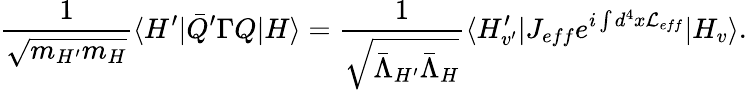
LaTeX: \frac{1}{\sqrt{m_{H^{\prime}}m_{H}}}\langle H^{\prime}|\bar{Q}^{\prime}\Gamma Q\vert H\rangle=\frac{1}{\sqrt{\bar{\Lambda}_{H^{\prime}}\bar{\Lambda}_{H}}}\langle H_{v^{\prime}}^{\prime}\vert J_{eff}e^{i\int d^{4}x{\cal L}_{eff}}|H_{v}\rangle.